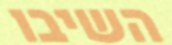
השיבו